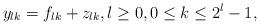
LaTeX: \begin{align*}y_{lk}=f_{lk}+z_{lk},l\geq 0, 0\leq k\leq 2^l-1,\end{align*}